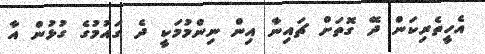
އެހީތެރިކަން ދޭ ގޮތަށް ޗައިނާ އިން ނިންމުމަކީ ދެ ގައުމުގެ ގުޅުން އާ